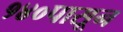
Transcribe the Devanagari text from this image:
१४०पासून